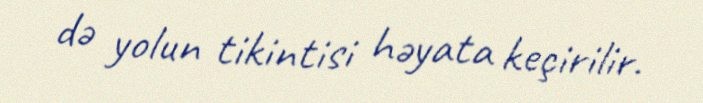
də yolun tikintisi həyata keçirilir.